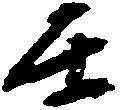
壬